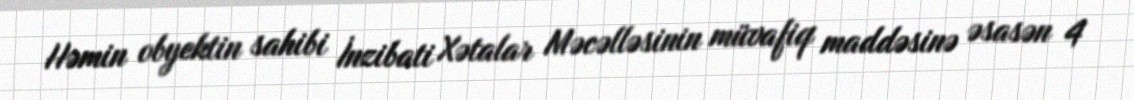
Həmin obyektin sahibi İnzibati Xətalar Məcəlləsinin müvafiq maddəsinə əsasən 4